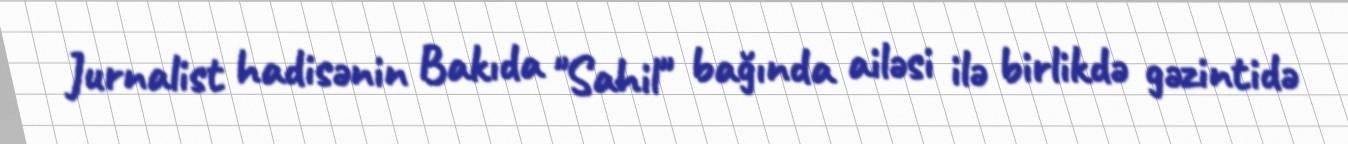
Jurnalist hadisənin Bakıda "Sahil" bağında ailəsi ilə birlikdə gəzintidə